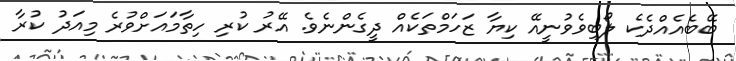
ބޭބެއެއްދެކެ ލޯބިވެވުނީއޭ ކިޔާ ޒަހަމްތަކެއް ދީގެންނެވެ. އޭރު ކުރި ހިތާމައަށްވުރެ މިއަދު ކުރާ